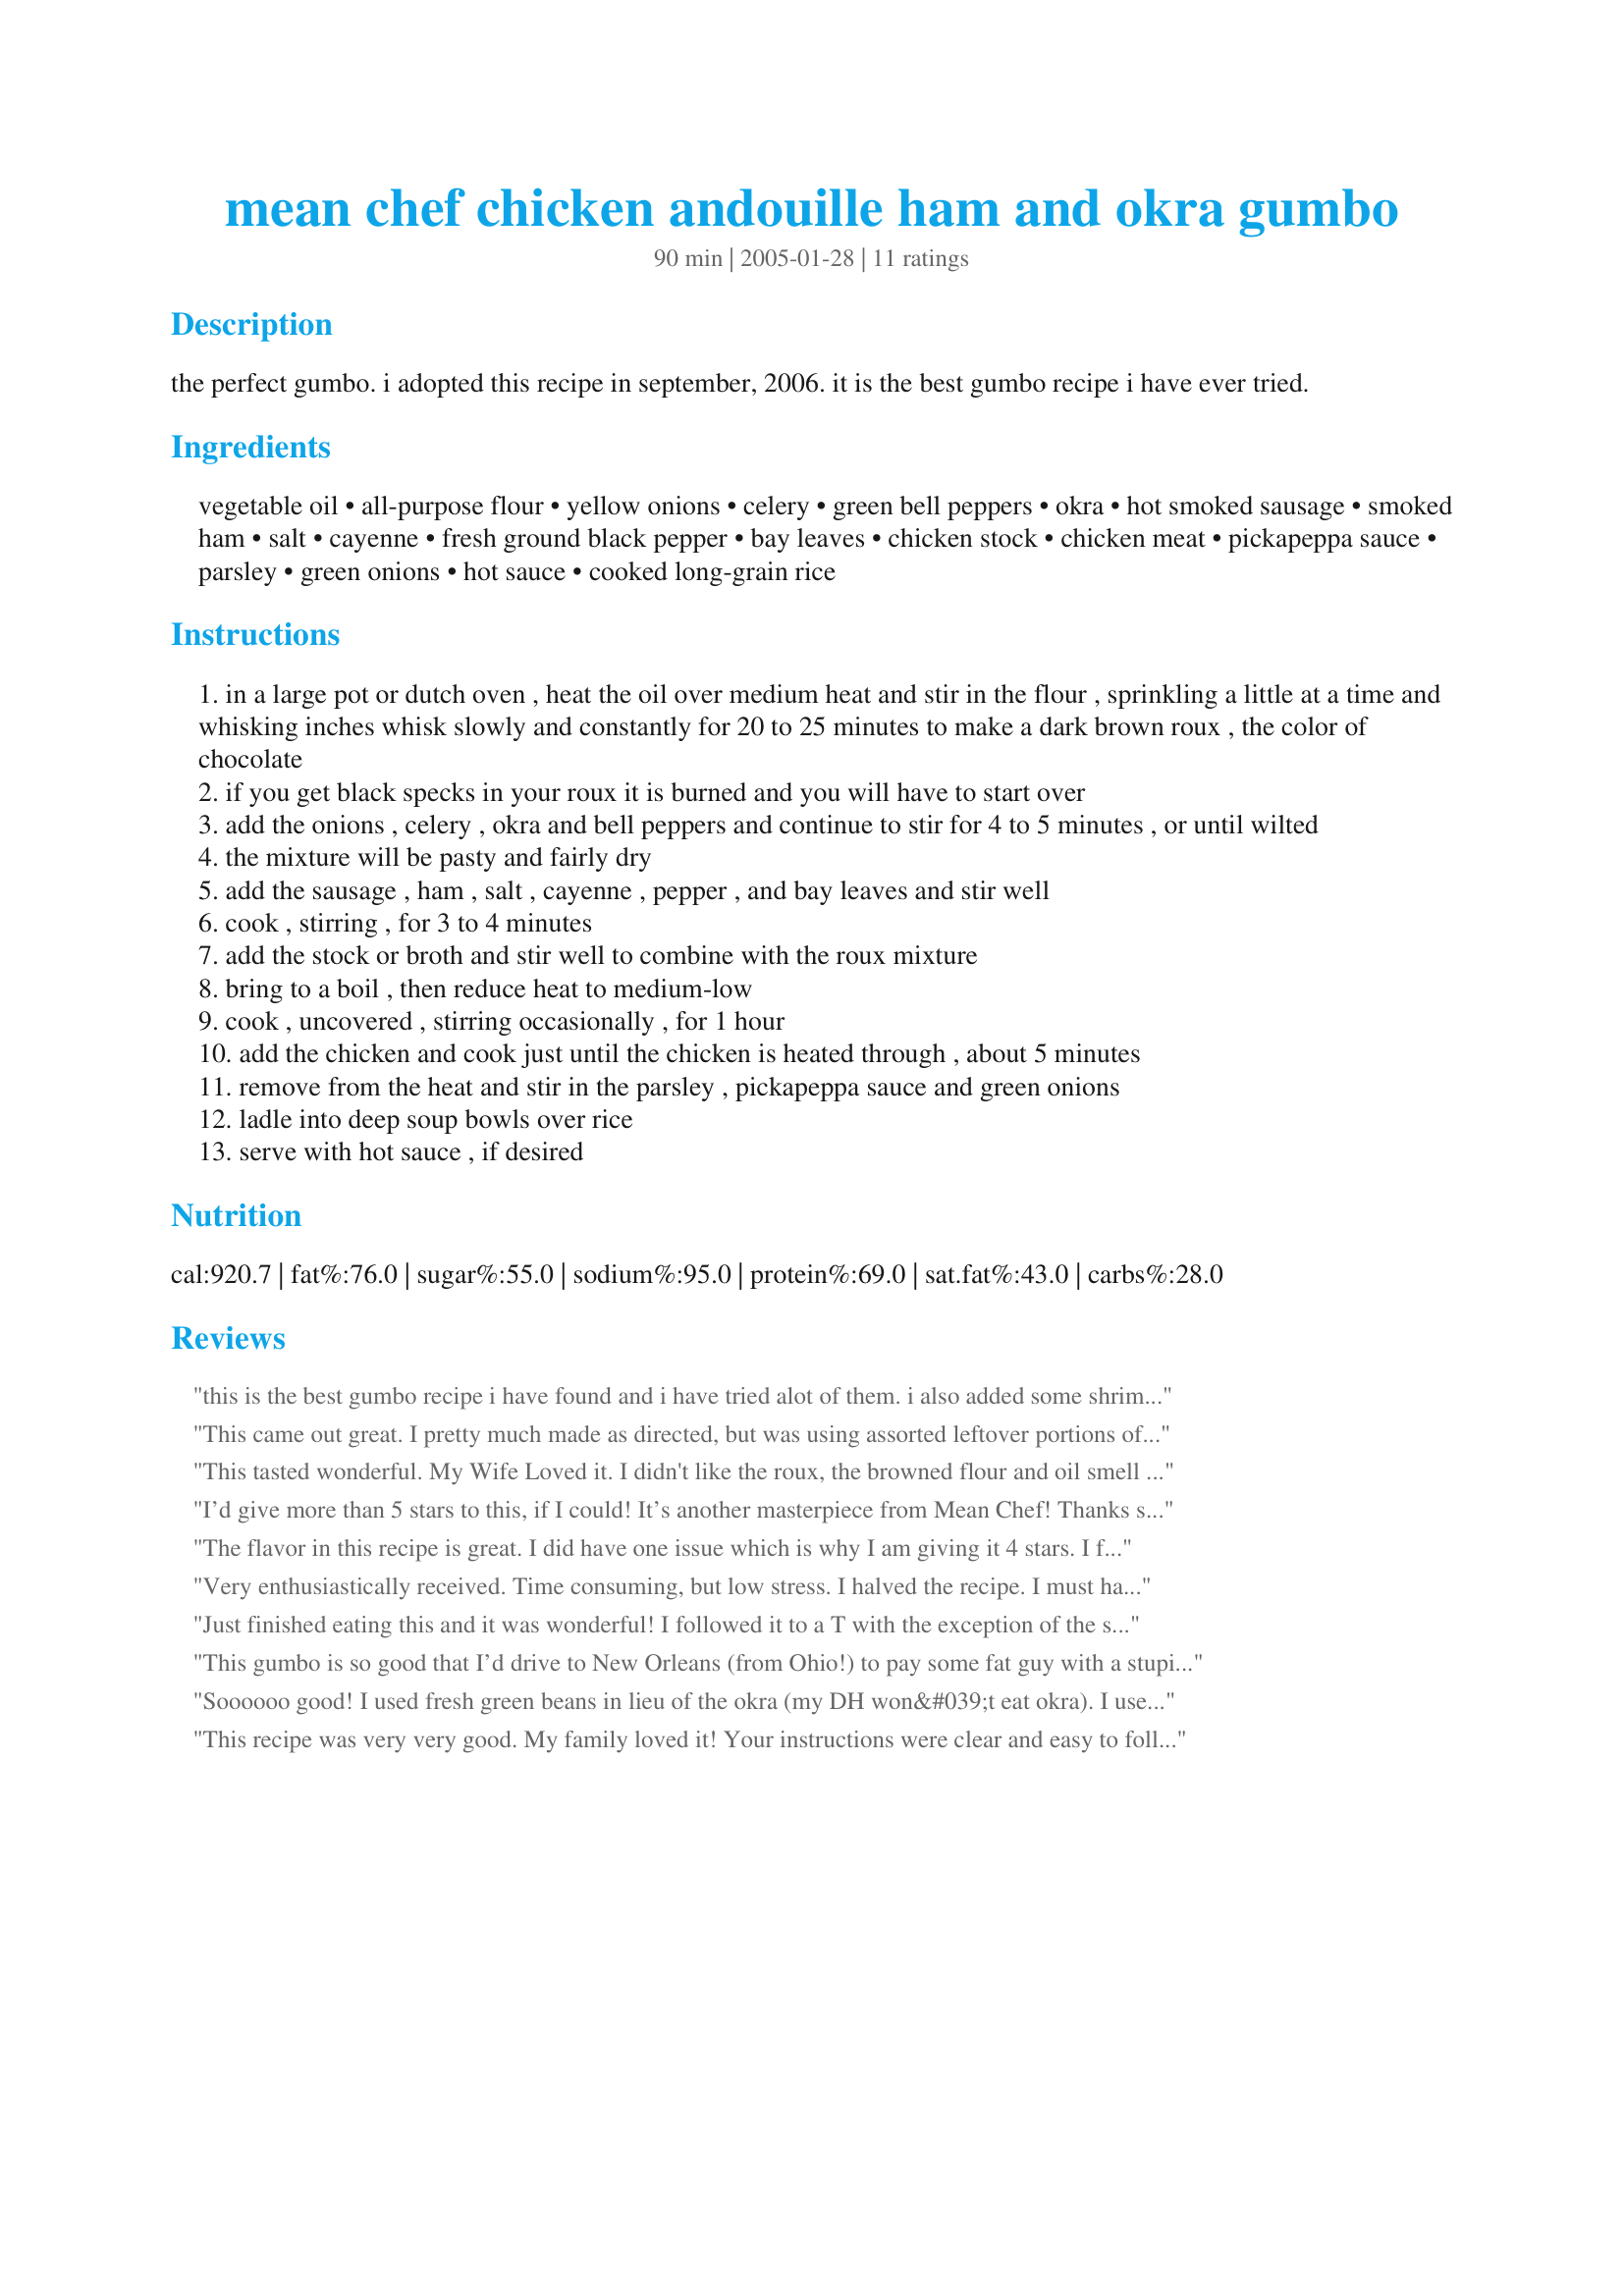
mean chef chicken andouille ham and okra gumbo
Preparation time: 90 minutes

the perfect gumbo. i adopted this recipe in september, 2006. it is the best gumbo recipe i have ever tried.

Ingredients:
vegetable oil, all-purpose flour, yellow onions, celery, green bell peppers, okra, hot smoked sausage, smoked ham, salt, cayenne, fresh ground black pepper, bay leaves, chicken stock, chicken meat, pickapeppa sauce, parsley, green onions, hot sauce, cooked long-grain rice

Steps:
in a large pot or dutch oven , heat the oil over medium heat and stir in the flour , sprinkling a little at a time and whisking inches whisk slowly and constantly for 20 to 25 minutes to make a dark brown roux , the color of chocolate
if you get black specks in your roux it is burned and you will have to start over
add the onions , celery , okra and bell peppers and continue to stir for 4 to 5 minutes , or until wilted
the mixture will be pasty and fairly dry
add the sausage , ham , salt , cayenne , pepper , and bay leaves and stir well
cook , stirring , for 3 to 4 minutes
add the stock or broth and stir well to combine with the roux mixture
bring to a boil , then reduce heat to medium-low
cook , uncovered , stirring occasionally , for 1 hour
add the chicken and cook just until the chicken is heated through , about 5 minutes
remove from the heat and stir in the parsley , pickapeppa sauce and green onions
ladle into deep soup bowls over rice
serve with hot sauce , if desired

Reviews:
this is the best gumbo recipe i have found and i have tried alot of them. i also added some shrimp at the end because gumbo just needs a little of that seafood flavor.
This came out great. I pretty much made as directed, but was using assorted leftover portions of the meats, so my quantities weren't exact. I also threw in meat from a couple of smoked turkey legs. It was terrific all the same! My husband started begging me to make it again the moment the last drop was gone.
This tasted wonderful. My Wife Loved it. I didn't like the roux, the browned flour and oil smell was too much for me. Once the soup was finished everything was wonderful.
I’d give more than 5 stars to this, if I could! It’s another masterpiece from Mean Chef! Thanks so much for all your wonderful postings.

I used my grandmother’s old cast-iron skillet to make the dark, chocolate-colored roux and a sausage combo of 1# of andouille and 1/2# of kielbasa. I followed the rest of the recipe as written. BTW – this makes a lot you’ll need an 8 qt. pot, at least.

After eating this dish, my wife decided that she didn’t hate okra, after all. Of course, I didn’t tell her that there was okra in the dish until she’d eaten half a bowl. I enjoyed that so much that the next night I took some gumbo to my mother-in-law’s home and got her (apparently, she’s the one who poisoned my wife’s mind against okra) to enjoy a huge bowl of this delicious brew. I just loved the momentary pause of the spoon at her lips when I slipped the detested word “okra” into the conversation. It was fun, even if I’m going to have to use my wife as a food-taster when I go to her house for dinner next week. 

The flavor in this recipe is great. I did have one issue which is why I am giving it 4 stars. I followed the insturctions perfectly but some how my okra turn out very mushy and when the leftovers had cooled enough for me to transfer them, I stirred the pot and they had gotten slimmy. This may have been a personal problem but I think one hour is a long time to cook okra. I had to throw out the leftovers :( I do like every thing else about this recipe so I will make again but omit the okra and add shrimp at the end instead. I am from Louisiana and can say this recipe is very good and everyone should try it. Thanks for the recipe.
Very enthusiastically received. Time consuming, but low stress. I halved the recipe. I must have whisked too fast or heated too slowly, because even after half an hour, my roux was more butternut golden than chocolate brown. I omitted hot sauces because good andouille has enough kick for us, and I stirred the rice into the gumbo.
Just finished eating this and it was wonderful! I followed it to a T with the exception of the sausage-I already had Chorizo so I tried that. It seemed to work. I chose to skip the rice and managed just fine. Anyway, no more sticky, pre-fab gumbos for me. This is the real deal. My compliments to the Mean Chef.
This gumbo is so good that I’d drive to New Orleans (from Ohio!) to pay some fat guy with a stupid catch-phrase $20 for a bowl of it. At the same time it was also very hard to make for someone of my skill level. 
I’m sure that there are all sorts of tricks to do the prep work faster, but I didn’t know them. I guess a better cook than me would be efficient and confident enough to do all of the prep work at the same time – like grill the chicken, cut up the veggies, and make the rue. By the time I reached step 3, at least an hour and a half had passed. At that point – don’t make this mistake – I proceeded to put FROZEN okra (I live in Ohio, remember? There is no “okra season” here) in the pot. Bottom line: It took 20 minutes longer for the veggies to wilt than it was supposed to. 
I wish someone would have given me this advice: Throw out your cheap plastic spoon and get a sturdy wooden one. This gumbo eats plastic spoons for lunch.
This gumbo is worth all of the work, enough if your make every one of the mistakes I did and more. It’s very easy to save some money if you switch things up and buy whatever meats are on sale. It tastes awesome, even if you serve it with a lot of rice to make the pot of gumbo stretch further. If you stock up on a nice selection of hot sauces it can be fun and new every day you eat the leftovers.

Soooooo good! I used fresh green beans in lieu of the okra (my DH won&#039;t eat okra). I used olive oil to make the roux and I wouldn&#039;t change anything!
This recipe was very very good. My family loved it! Your instructions were clear and easy to follow. The roux turned out beautiful and the seasonings went well together. Thank you for sharing this simple yet delicious recipe! It is a keeper :)
Excellent gumbo. The dark roux gives it a complex and deep flavor and I'm a sucker for anything with okra in it. :) The combination of meats makes this a very hearty meal -- I can do just fine without any rice with it. Great especially for those who do not like seafood or have seafood allergies.
